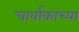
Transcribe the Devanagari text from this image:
चार्वाकांच्या